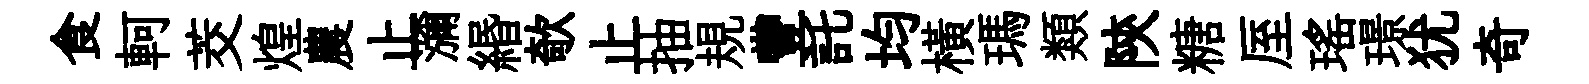
食軻茭煌農止瀰緡欹止抽規豐託均横瑪類陝糖厔瑤璟犹奇